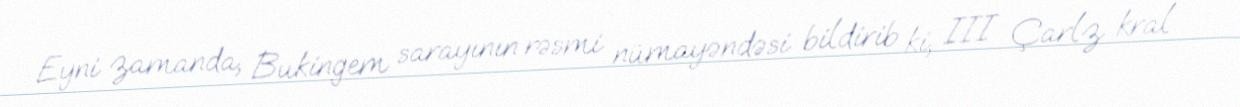
Eyni zamanda, Bukingem sarayının rəsmi nümayəndəsi bildirib ki, III Çarlz kral